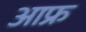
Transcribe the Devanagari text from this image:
आफ्र